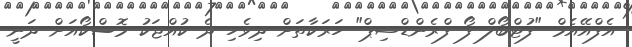
އެފްއޭއެމް "ފުޓްބޯލް ފޯ ފްރެންޑްޝިޕް" ހަރަކާތަށް ދިވެހި ދެ ކުއްޖަކު މޮސްކޯއަށް ދަނީ